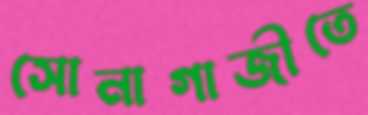
সোনাগাজীতে